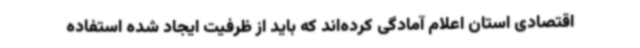
اقتصادی استان اعلام آمادگی کرده‌اند که باید از ظرفیت ایجاد شده استفاده